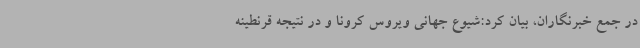
در جمع خبرنگاران، بیان کرد:شیوع جهانی ویروس کرونا و در نتیجه قرنطینه